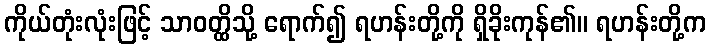
ကိုယ်တုံးလုံးဖြင့် သာဝတ္ထိသို့ ရောက်၍ ရဟန်းတို့ကို ရှိခိုးကုန်၏။ ရဟန်းတို့က